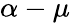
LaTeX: \alpha-\mu